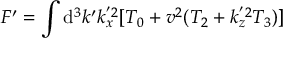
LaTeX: F ^ { \prime } = \int \mathrm { d } ^ { 3 } k ^ { \prime } k _ { x } ^ { ' 2 } [ T _ { 0 } + v ^ { 2 } ( T _ { 2 } + k _ { z } ^ { ' 2 } T _ { 3 } ) ] \,